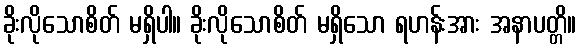
ခိုးလိုသောစိတ် မရှိပါ။ ခိုးလိုသောစိတ် မရှိသော ရဟန်းအား အနာပတ္တိ။